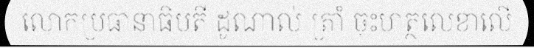
លោកប្រធានាធិបតី ដូណាល់ ត្រាំ ចុះហត្ថលេខាលើ